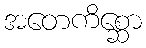
အတေကိစ္ဆော